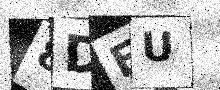
Text: 8DEU